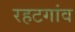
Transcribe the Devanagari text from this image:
रहटगांव